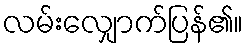
လမ်းလျှောက်ပြန်၏။